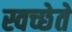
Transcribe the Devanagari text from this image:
स्वच्छेते